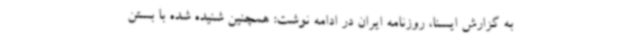
به گزارش ایسنا، روزنامه ایران در ادامه نوشت: همچنین شنیده شده با بستن